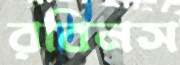
রবিনস